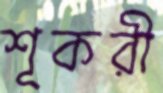
শূকরী